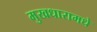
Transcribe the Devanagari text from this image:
मुखधारामधे